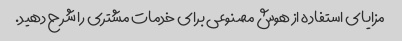
مزایای استفاده از هوش مصنوعی برای خدمات مشتری را شرح دهید.